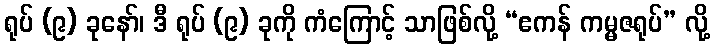
ရုပ် (၉) ခုနော်၊ ဒီ ရုပ် (၉) ခုကို ကံကြောင့် သာဖြစ်လို့ “ဧကန် ကမ္မဇရုပ်” လို့